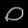
Digit: ၀